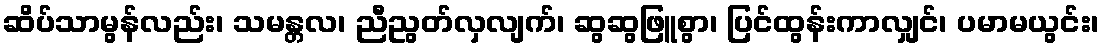
ဆိပ်သာမွန်လည်း၊ သမန္တလ၊ ညီညွတ်လှလျက်၊ ဆွဆွဖြူစွာ၊ ပြင်ထွန်းကာလျှင်၊ ပမာမယွင်း၊